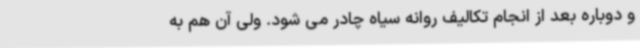
و دوباره بعد از انجام تکالیف روانه سیاه چادر می شود. ولی آن هم به